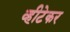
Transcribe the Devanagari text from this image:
व्हीटेकर